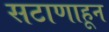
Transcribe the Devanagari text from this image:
सटाणाहून